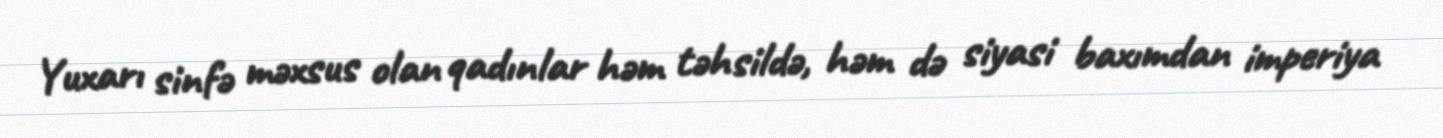
Yuxarı sinfə məxsus olan qadınlar həm təhsildə, həm də siyasi baxımdan imperiya